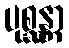
ပုစ္ဆန္တာ